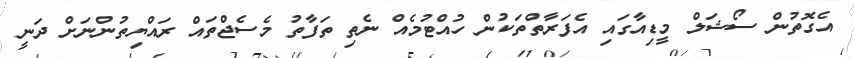
އެގޮތުން ސޯޝަލް މީޑިއާގައި އެފަރާތްތަކުން ހުއްޓުމެއް ނެތި ތަފާތު މެސެޖްތައް ރައްޔިތުންނަށް ދަނީ